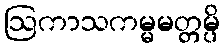
ဩကာသကမ္မမတ္တမ္ပိ